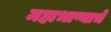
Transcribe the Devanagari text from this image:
महाभाष्याचे